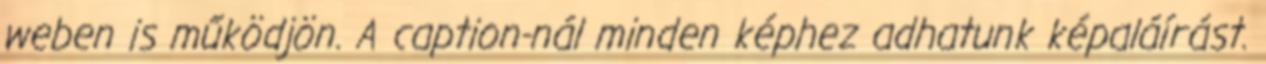
weben is működjön. A caption-nál minden képhez adhatunk képaláírást.